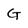
Character: G